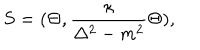
LaTeX: S = ( \Theta , { \frac { \kappa } { \Delta ^ { 2 } - m ^ { 2 } } } \Theta ) ,